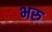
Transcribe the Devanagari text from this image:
भरु